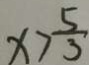
x > \frac { 5 } { 3 }